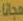
مجانا